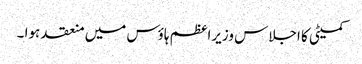
کمیٹی کا اجلاس وزیراعظم ہاؤس میں منعقد ہوا ۔